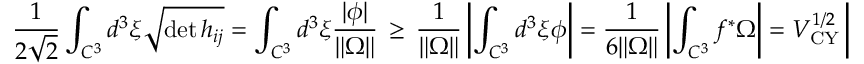
{ \frac { 1 } { 2 \sqrt { 2 } } } \int _ { { \cal C } ^ { 3 } } d ^ { 3 } \xi \sqrt { \operatorname * { d e t } h _ { i j } } = \int _ { { \cal C } ^ { 3 } } d ^ { 3 } \xi \frac { | \phi | } { \| \Omega \| } \, \geq \, \frac { 1 } { \| \Omega \| } \left| \int _ { { \cal C } ^ { 3 } } d ^ { 3 } \xi \phi \right| = \frac { 1 } { 6 \| \Omega \| } \left| \int _ { { \cal C } ^ { 3 } } f ^ { * } \Omega \right| = V _ { \mathrm { C Y } } ^ { 1 / 2 } \left| \int _ { { \cal C } ^ { 3 } } f ^ { * } \widehat { \Omega } \right| \ .